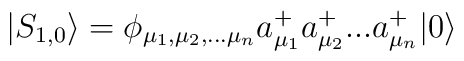
|S_{1,0}\rangle =\phi_{\mu_1,\mu_2,...\mu_n}a_{\mu_1}^+ a_{\mu_2}^+ ...a_{\mu_n}^+|0\rangle